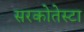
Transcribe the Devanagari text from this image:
सरकोतेस्टा